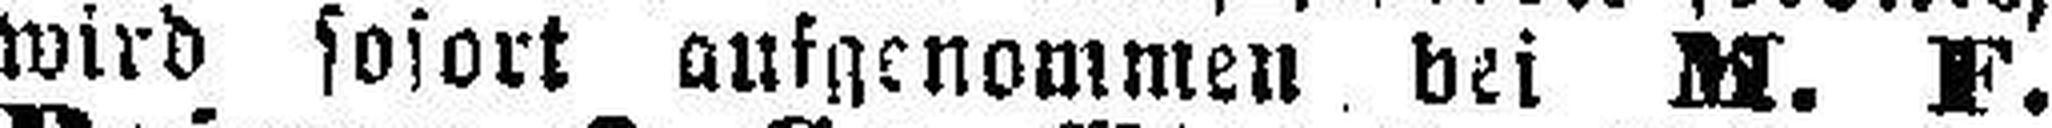
wird sofort ausgenommen bei M. F.